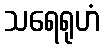
သရေရုဟံ